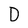
Character: D